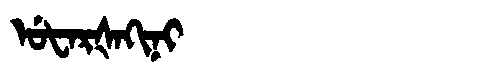
Manchu: ᡠᡶᠠᡵᡧᠠᡴᡳᠨᡳ
Romanization: UFARŠAKINI